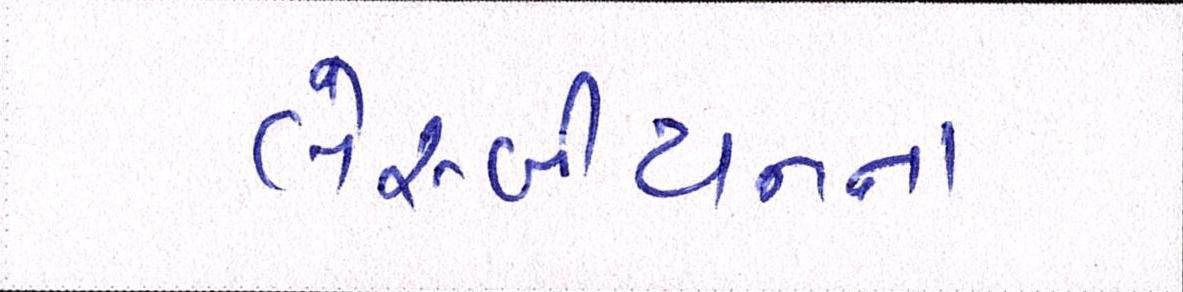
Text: લેસ્બીયનના